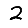
Digit: 2